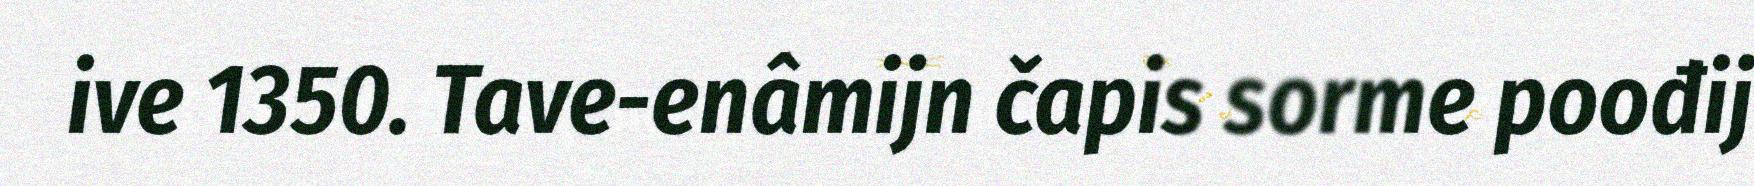
ive 1350. Tave-enâmijn čapis sorme poođij